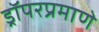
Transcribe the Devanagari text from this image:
ड्रॉपरप्रमाणे